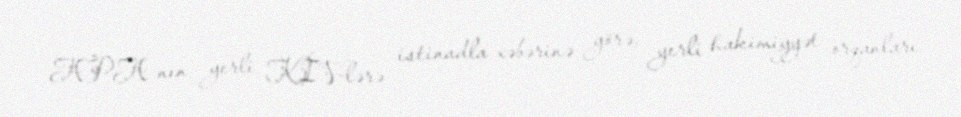
APA-nın yerli KİV-lərə istinadla xəbərinə görə, yerli hakimiyyət orqanları